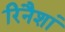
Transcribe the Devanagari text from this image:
रिनैशां